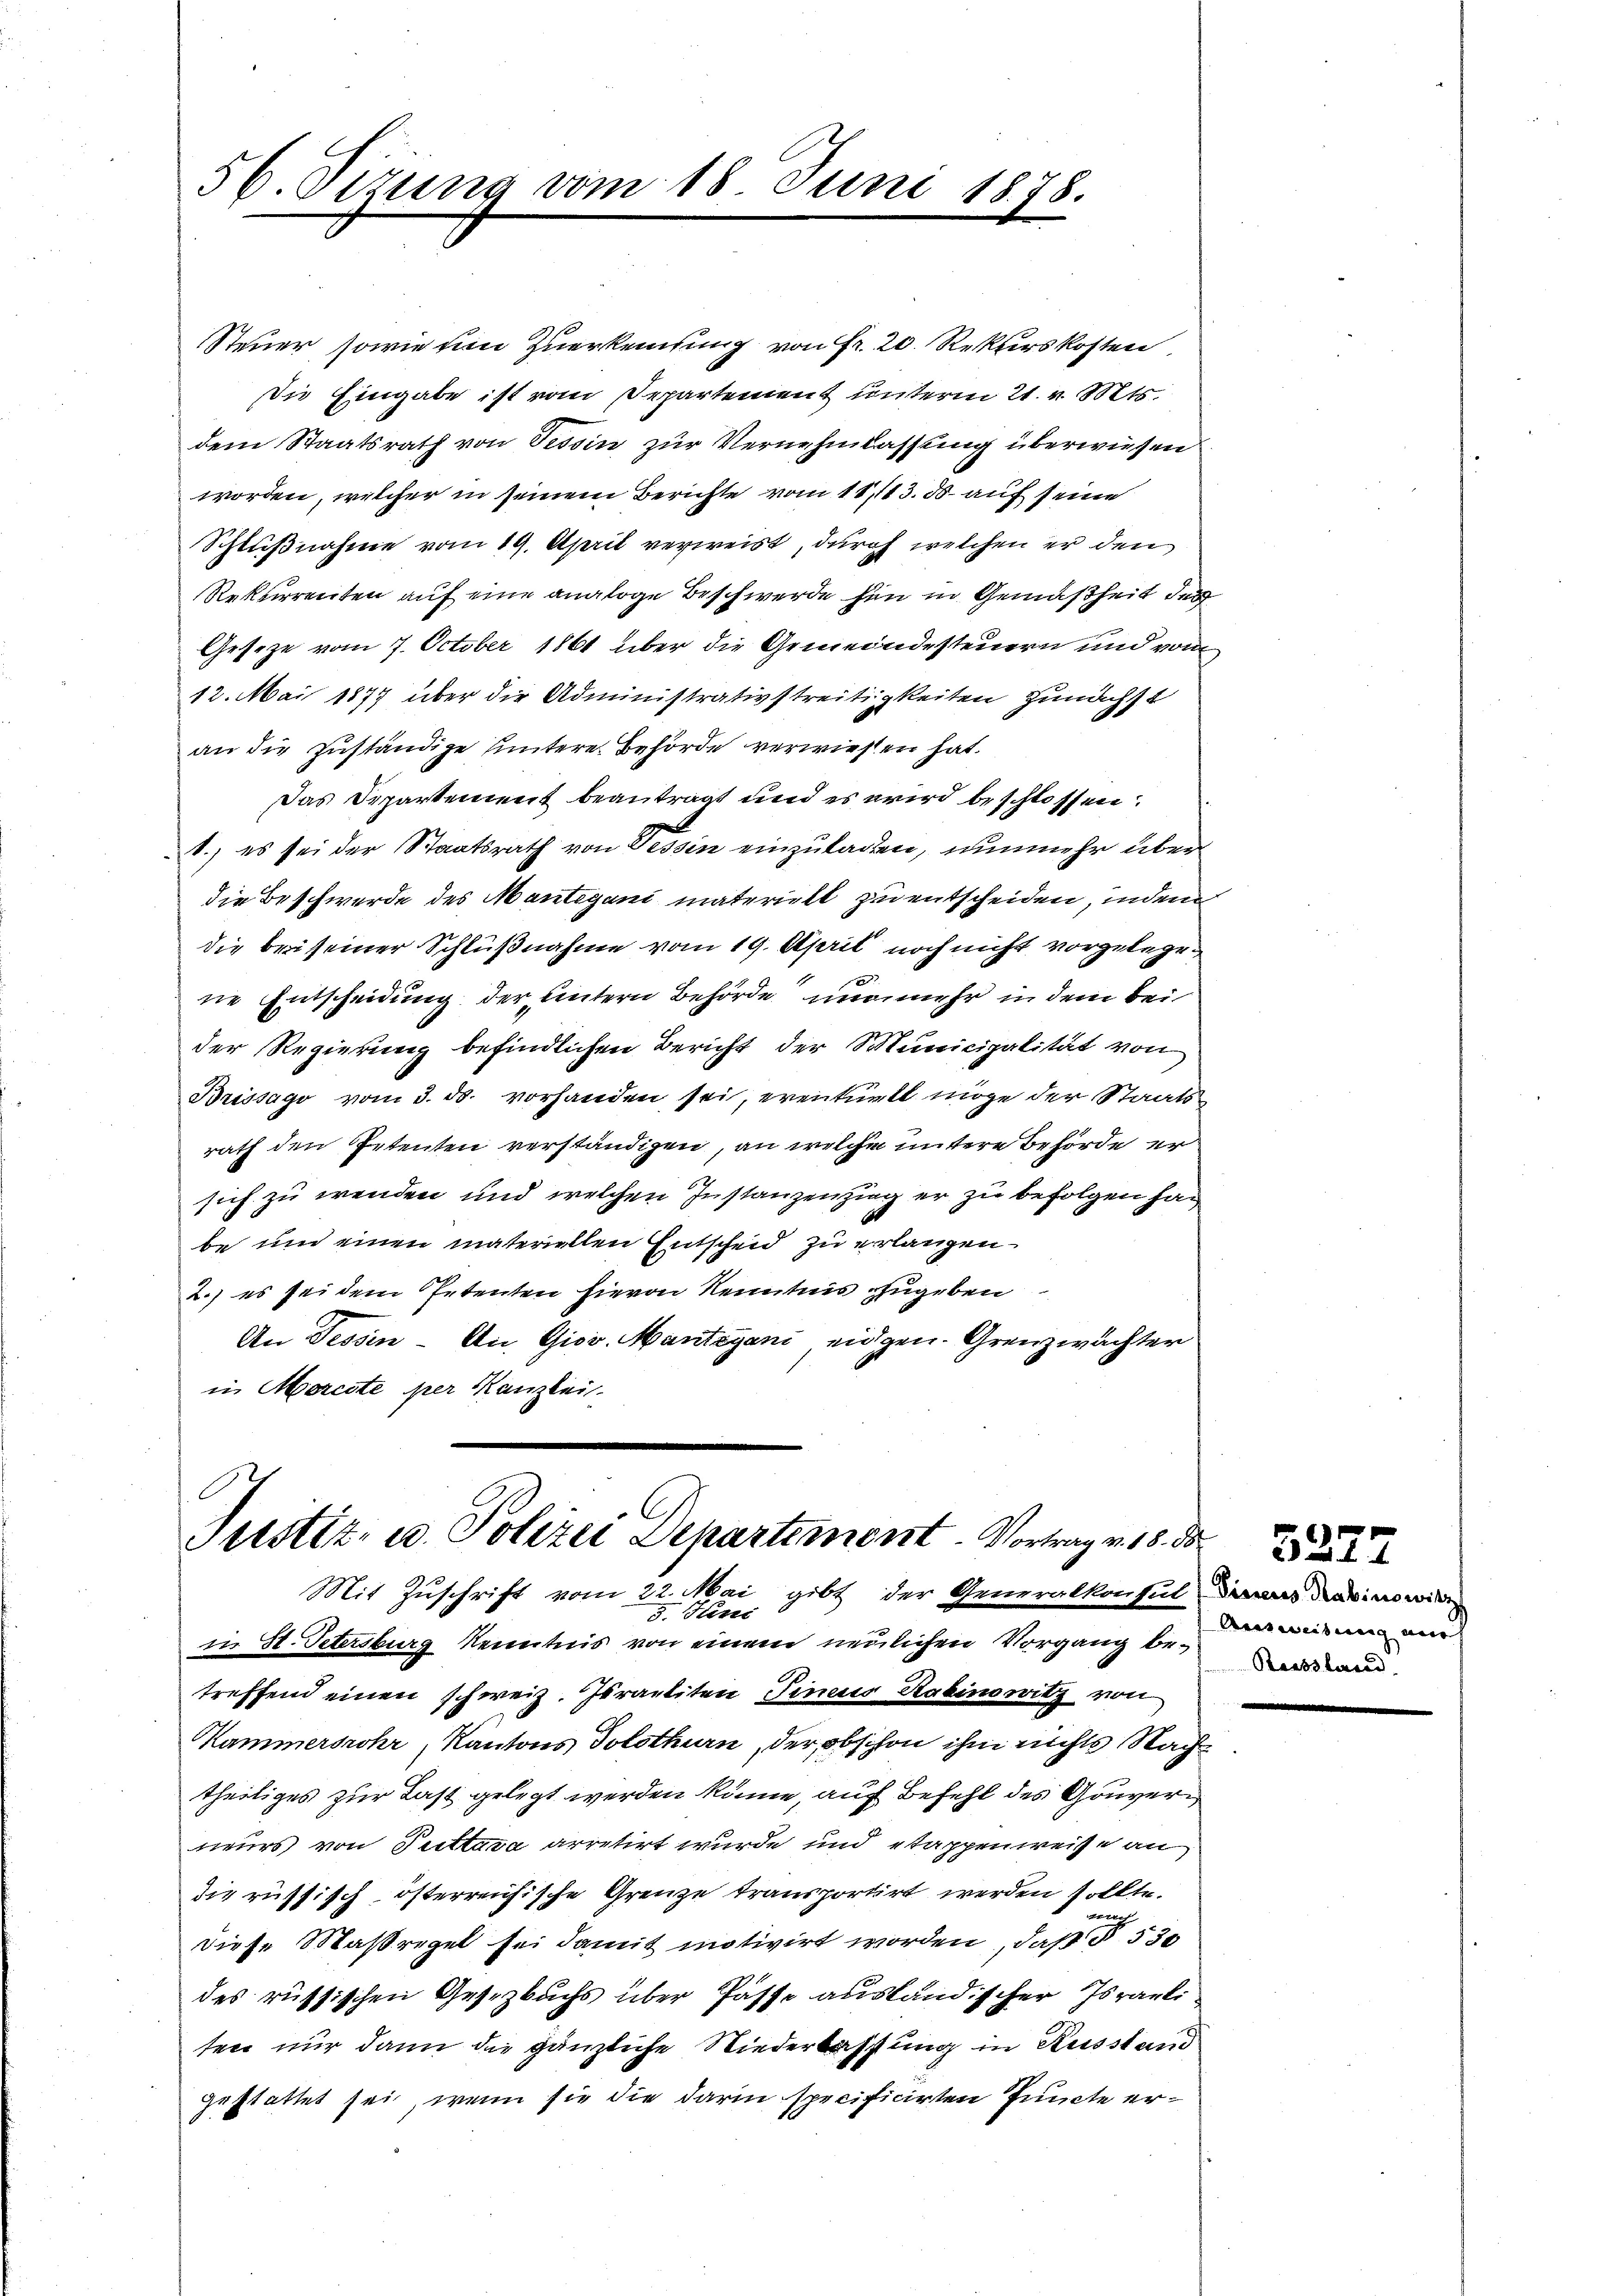
56. Sitzung vom 18. Juni 1878.

Steuer, sowie um Zuerkennung von Fr. 20. Rekurskosten
Die Eingabe ist vom Departement unterm 21. v. Mts.
dem Staatsrath von Tessin zur Vernehmlassung überwiesen
worden, welcher in seinem Berichte vom 11./13. 50 auf seine
Schlußnahme vom 19. April verweist, durch welchen er den
Rekurrenten auf eine analoge Beschwerde hin in Gemäßheit des
Gesetze vom 7. October 1861 über die Gemeindesteuern und vom
12. Mai 1877 über die Administrativstreitigkeiten zunächst
an die zuständige Hintere Behörde verwiesen hat.
Das Departement beantragt und es wird beschlossen:
1.) es sei der Staatsrath von Tessin einzuladen, nunmehr über
die Beschwerde des Mantegani materiell zu entscheiden, indem
die bei seiner Schlußnahme vom 19. April noch nicht vorgelegene Entscheidung der untern Behörde nunmehr in dem bei
der Regierung befindlichen Bericht der Municipalität von
Brissago vom 3. ds. vorhanden sei, eventuell möge der Staatsrath den Petenten verständigen, an welche untere Behörde ersich zu wenden und welchen Instanzenzing er zu befolgen han
be und einen materiellen Entscheid zu erlangen.
2.) es sei dem Petenten hievon Kenntnis zugeben
An Tessin - An Giov. Mantegani eidgen. Grenzwächter
in Morecte per Kanzlei.

Justiz- u. Polizei Departement - Vortrag v. 18. ds.
Mit Zuschrift vom 22. Mai gibt der Generalkonsul das darin wir
5. Hens

in St. Petersburg Kenntnis von einem neulichen Vorgang betreffend einen schweiz. Juraeliten Finaus Kabinowitz von
Kammersrohr, Kantons Solothurn, der obschon ihm nichts Nachtheiliges zur Last gelegt werden könne, auf Befehl des Gouvern
neurs von Puttava arretirt wurde und etappenweise an
die russisch österreichische Grenze transportirt werden sollte.
un
diese Maßregel sei damit motivirt worden, daß § 530
des russischen Gesetzbuchs über Pässe ausländischer Israeli
ten nur dann die gänzliche Niederlassung in Kusstand
gestattet sei, wenn sie die darin specificirten Puncte er¬

5227
Ainweisung ein |